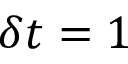
\delta t = 1